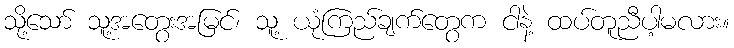
သို့သော် သူ့အတွေးအမြင်၊ သူ့ ယုံကြည်ချက်တွေက ငါနဲ့ ထပ်တူညီပါ့မလား။